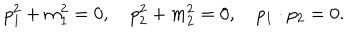
p _ { 1 } ^ { 2 } + m _ { 1 } ^ { 2 } = 0 , \quad p _ { 2 } ^ { 2 } + m _ { 2 } ^ { 2 } = 0 , \quad p _ { 1 } \cdot p _ { 2 } = 0 .